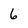
Character: 6